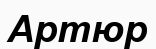
Артюр